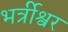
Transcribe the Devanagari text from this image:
भर्त्रीश्वर